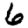
Digit: 6